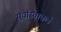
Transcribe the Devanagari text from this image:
सूर्यास्ताकडे